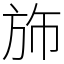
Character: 斾